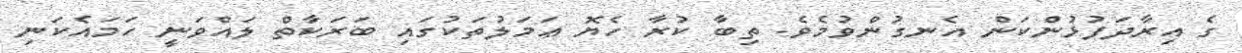
ގެ އިރާދަފުޅުންކަން އެނގުންވުމެވެ. ތިބާ ކުރާ ހެޔޮ ޢަމަލުތަކުގައި ބަރަކާތް ލައްވަނީ ހަމައެކަނި